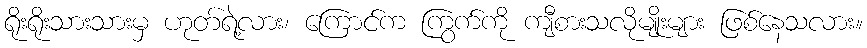
ရိုးရိုးသားသားမှ ဟုတ်ရဲ့လား၊ ကြောင်က ကြွက်ကို ကျီစားသလိုမျိုးများ ဖြစ်နေသလား။